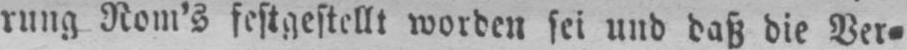
rung Rom’s festgestellt worden sei und daß die Ver⸗